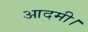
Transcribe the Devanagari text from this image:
आदमी।